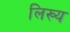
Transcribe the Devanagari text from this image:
लिख्य